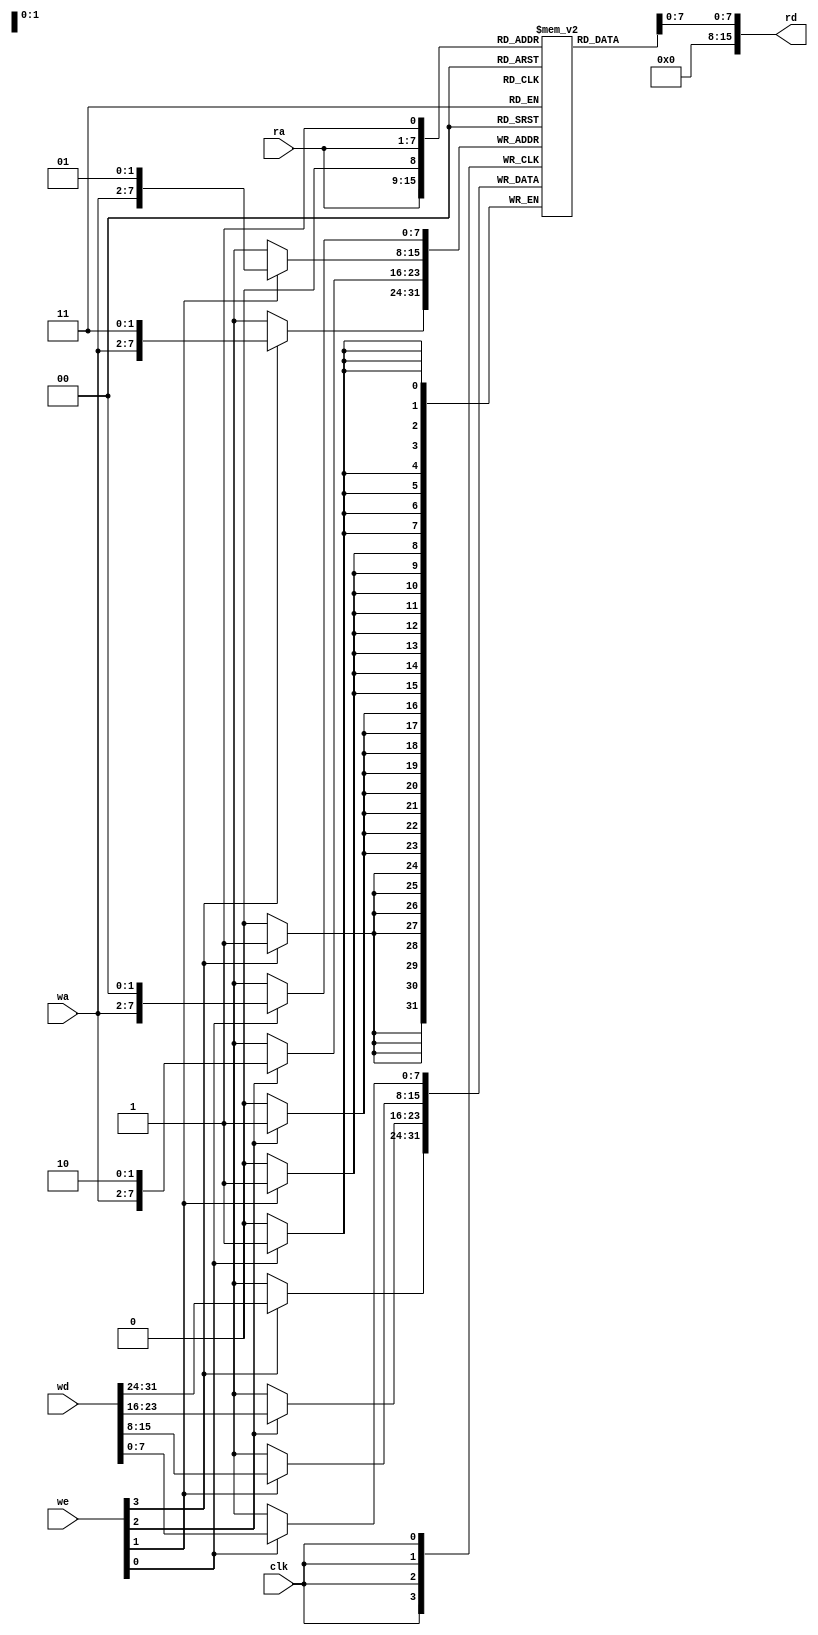
// expect-wr-ports 2
// expect-rd-ports 1
// expect-wr-wide-continuation 2'10

module test(
	input clk,
	input [3:0] we,
	input [6:0] ra,
	input [5:0] wa,
	input [31:0] wd,
	output [15:0] rd
);

reg [7:0] mem[3:254];

assign rd[7:0] = mem[{ra, 1'b0}];
assign rd[15:0] = mem[{ra, 1'b1}];

initial begin
	mem[5] = 8'h12;
	mem[6] = 8'h34;
	mem[7] = 8'h56;
end

always @(posedge clk) begin
	if (we[0])
		mem[{wa, 2'b00}] <= wd[7:0];
	if (we[1])
		mem[{wa, 2'b01}] <= wd[15:8];
	if (we[2])
		mem[{wa, 2'b10}] <= wd[23:16];
	if (we[3])
		mem[{wa, 2'b11}] <= wd[31:24];
end

endmodule